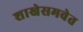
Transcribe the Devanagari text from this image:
शाखेसमवेत